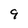
Character: 9